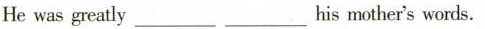
He was greatly___ ___his mother's words.